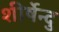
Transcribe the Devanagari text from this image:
शीर्षेन्दु